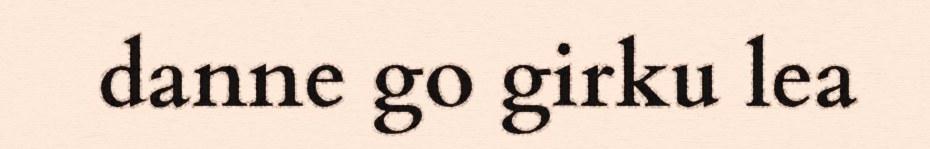
danne go girku lea